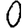
Digit: 0